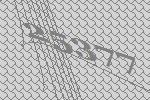
25377